Insane asylums in Bengal annual reports 1867-1875 - 1867-1875
Year: 1867
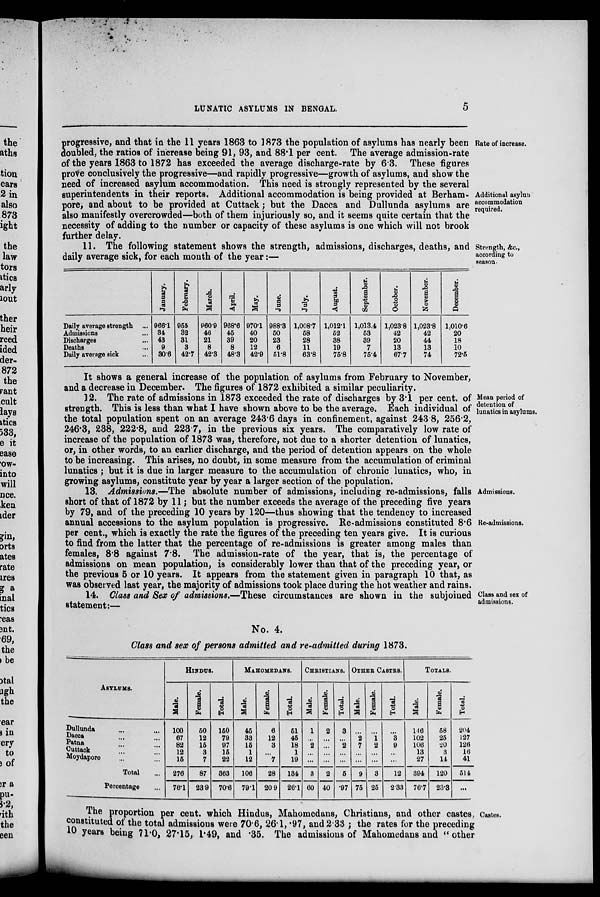
LUNATIC ASYLUMS IN BENGAL.
5
Rate of increase.
Additional asylum
accommodation
required.
progressive, and that in the 11 years 1863 to 1873 the population of asylums has nearly been
doubled, the ratios of increase being 91, 93, and 88.1 per cent. The average admission-rate
of the years 1863 to 1872 has exceeded the average discharge-rate by 6.3. These figures
prove conclusively the progressive—and rapidly progressive—growth of asylums, and show the
need of increased asylum accommodation. This need is strongly represented by the several
superintendents in their reports. Additional accommodation is being provided at Berham-
pore, and about to be provided at Cuttack; but the Dacca and Dullunda asylums are
also manifestly overcrowded—both of them injuriously so, and it seems quite certain that the
necessity of adding to the number or capacity of these asylums is one which will not brook
further delay.
Strength, &c.,
according to
season-
11. The following statement shows the strength, admissions, discharges, deaths, and
daily average sick, for each month of the year:—
Daily average strength ...
Admissions ...
Discharges ...
Deaths ...
Daily average sick ...
January.
966.1
34
43
9
30.6
February.
955
32
31
3
42.7
March.
960.9
46
21
8
42.3
April.
968.6
45
39
8
48.3
May.
970.1
40
20
12
42.9
June.
988.3
50
23
6
51.8
July.
1,008.7
58
28
11
63.8
August.
1,012.1
52
38
19
75.8
September.
1,013.4
53
39
7
75.4
October.
1,023.8
42
20
13
67.7
November.
1,023.8
42
44
13
74
December.
1,010.6
20
18
10
72.5
It shows a general increase of the population of asylums from February to November,
and a decrease in December. The figures of 1872 exhibited a similar peculiarity.
Mean period of
detention of
lunatics in asylums.
12. The rate of admissions in 1873 exceeded the rate of discharges by 3.1 per cent. of
strength. This is less than what I have shown above to be the average. Each individual of
the total population spent on an average 243.6 days in confinement, against 243.8, 256.2,
246.3, 238, 222.8, and 223.7, in the previous six years. The comparatively low rate of
increase of the population of 1873 was, therefore, not due to a shorter detention of lunatics,
or, in other words, to an earlier discharge, and the period of detention appears on the whole
to be increasing. This arises, no doubt, in some measure from the accumulation of criminal
lunatics ; but it is due in larger measure to the accumulation of chronic lunatics, who, in
growing asylums, constitute year by year a larger section of the population.
Admissions.
Re-admissions.
13. Admissions.—The absolute number of admissions, including re-admissions, falls
short of that of 1872 by 11; but the number exceeds the average of the preceding five years
by 79, and of the preceding 10 years by 120—thus showing that the tendency to increased
annual accessions to the asylum population is progressive. Re-admissions constituted 8.6
per cent., which is exactly the rate the figures of the preceding ten years give. It is curious
to find from the latter that the percentage of re-admissions is greater among males than
females, 8.8 against 7.8. The admission-rate of the year, that is, the percentage of
admissions on mean population, is considerably lower than that of the preceding year, or
the previous 5 or 10 years. It appears from the statement given in paragraph 10 that, as
was observed last year, the majority of admissions took place during the hot weather and rains.
Class and sex of
admissions.
14. Class and Sex of admissions.—These circumstances are shown in the subjoined
statement:—
No. 4.
Class and sex of persons admitted and re-admitted during 1873.
ASYLUMS.
Dullunda ... ...
Dacca ... ...
Patna ... ...
Cuttack ... ...
Moydapore ... ...
Total ...
Percentage ...
HINDUS.
Male.
100
67
82
12
15
276
76.1
Female.
50
12
15
3
7
87
23.9
Total.
150
79
97
16
22
363
70.6
MAHOMEDANS.
Male.
45
33
15
1
12
106
79.1
Female.
6
12
3
...
7
28
20.9
Total.
51
45
18
1
19
134
26.1
CHRISTIANS.
Male.
1
...
2
...
...
3
60
Female.
2
...
...
...
...
2
40
Total.
3
...
2
...
...
5
.97
OTHER CASTRS.
Male.
...
2
7
...
...
9
75
Female.
...
1
2
...
...
3
25
Total.
...
3
9
...
...
12
2.33
TOTALS.
Male.
146
102
106
13
27
394
76.7
Female.
58
25
20
3
14
120
23.3
Total.
204
127
126
16
41
514
...
Castes.
The proportion per cent. which Hindus, Mahomedans, Christians, and other castes,
constituted of the total admissions were 70.6, 26.1, .97, and 2.33 ; the rates for the preceding
10 years being 71.0, 27.15, 1.49, and .35. The admissions of Mahomedans and " other